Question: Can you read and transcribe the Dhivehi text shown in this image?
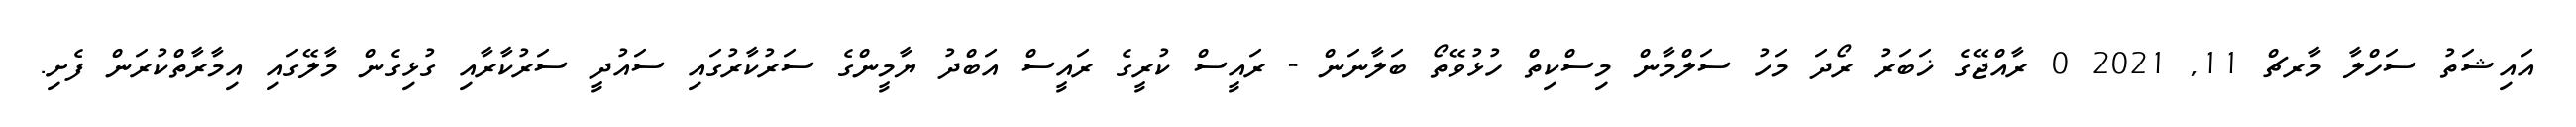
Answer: އައިޝަތު ސަހްލާ މާރޗް 11, 2021 0 ރާއްޖޭގެ ޚަބަރު ރޯދަ މަހު ސަލްމާން މިސްކިތް ހުޅުވޭތޯ ބަލާނަން - ރައީސް ކުރީގެ ރައީސް އަބްދު ޔާމީންގެ ސަރުކާރުގައި ސައުދީ ސަރުކާރާއި ގުޅިގެން މާލޭގައި އިމާރާތްކުރަން ފެށި.